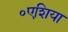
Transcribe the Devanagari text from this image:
॰एशिया